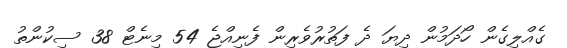
ގެއްލިގެން ހޯދަމުން ދިޔަ ދެ ފަތުރުވެރިން ފެނިއްޖެ 54 މިނެޓް 38 ސިކުންތު